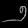
Digit: ၅